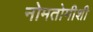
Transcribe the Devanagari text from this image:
नोमतोमीशी